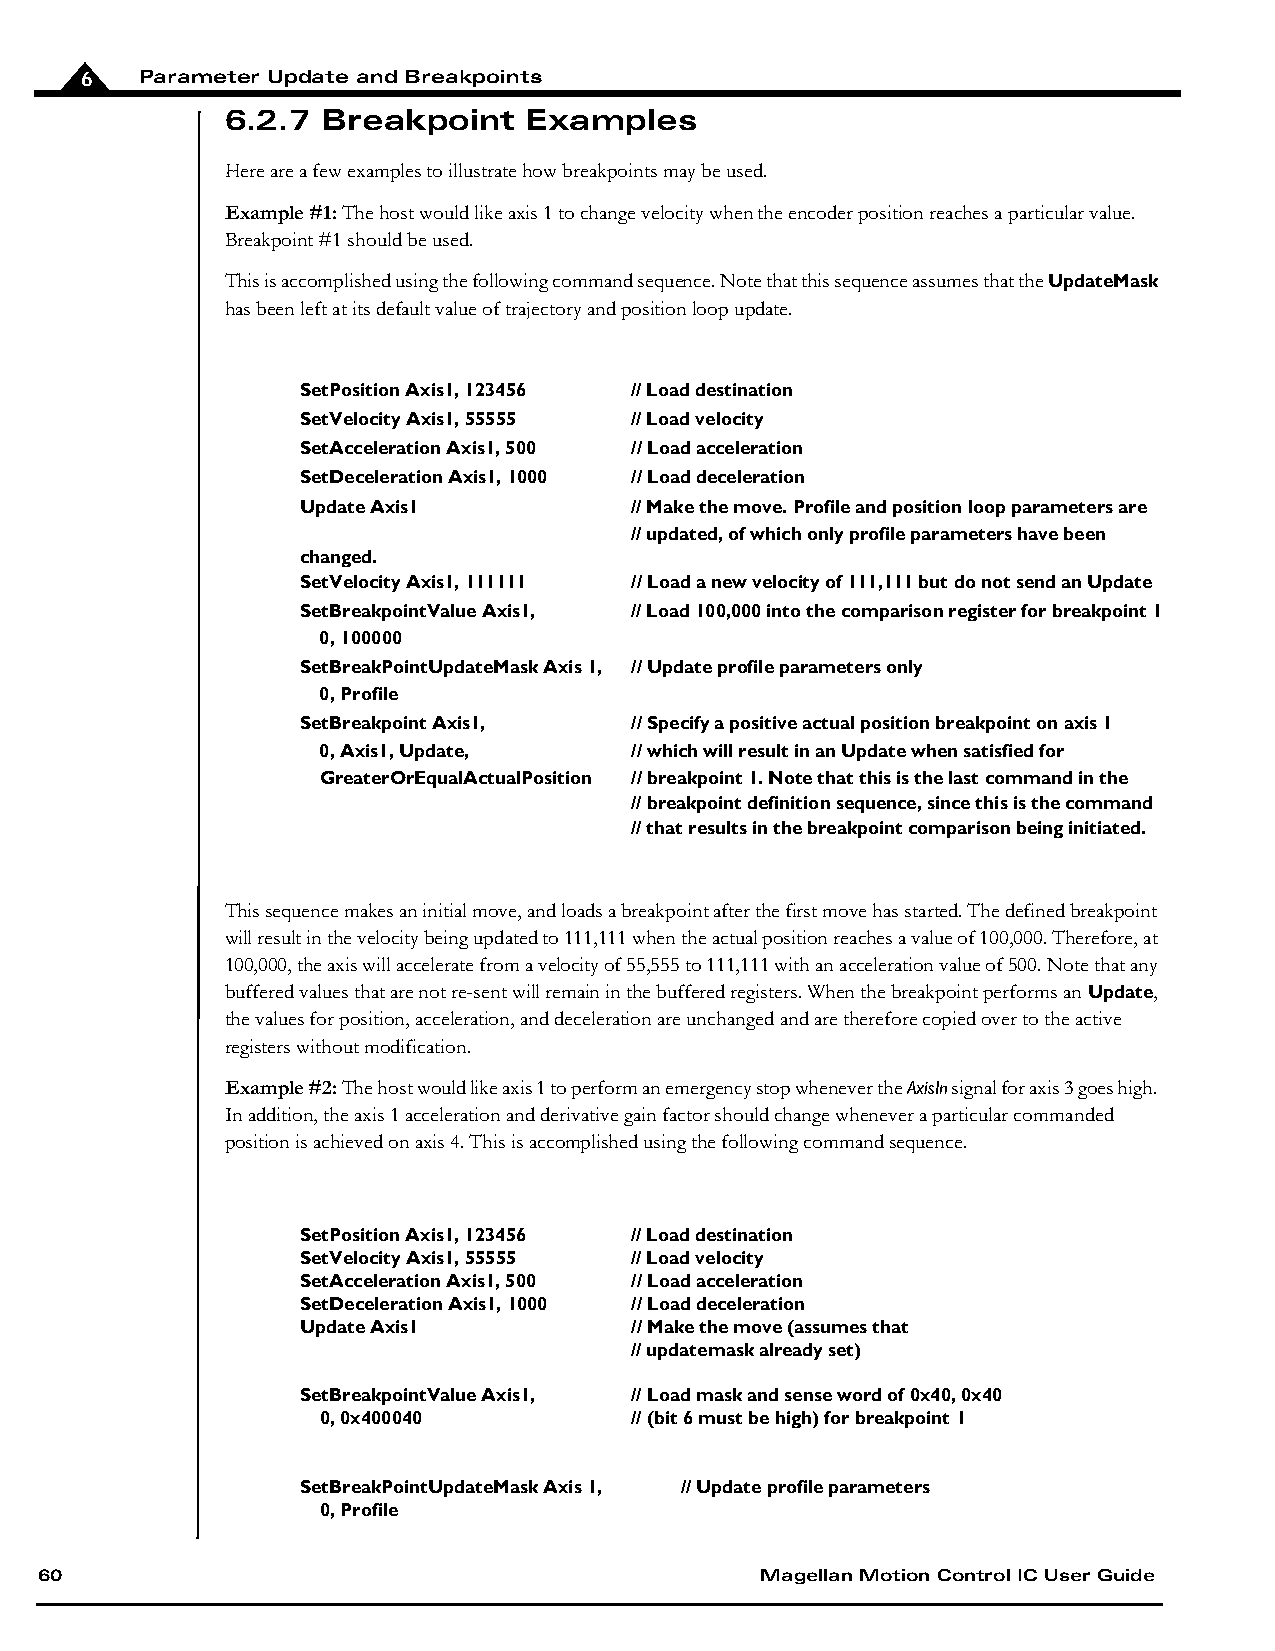
6   Parameter Update and Breakpoints
 6.2.7 Breakpoint    Examples
 Here are a few examples to illustrate how breakpoints may be used.
 Example #1: The host would like axis 1 to change velocity when the encoder position reaches a particular value.
 Breakpoint #1 should be used.
 This is accomplished using the following command sequence. Note that this sequence assumes that the UpdateMask
 has been left at its default value of trajectory and position loop update.
 SetPosition Axis1, 123456 // Load destination
 SetVelocity Axis1, 55555 // Load velocity
 SetAcceleration Axis1, 500 // Load acceleration
 SetDeceleration Axis1, 1000 // Load deceleration
 Update Axis1          // Make the move. Profile and position loop parameters are
 // updated, of which only profile parameters have been
 changed.
 SetVelocity Axis1, 111111 // Load a new velocity of 111,111 but do not send an Update
 SetBreakpointValue Axis1, // Load 100,000 into the comparison register for breakpoint 1
 0, 100000
 SetBreakPointUpdateMask Axis 1, // Update profile parameters only
 0, Profile
 SetBreakpoint Axis1,  // Specify a positive actual position breakpoint on axis 1
 0, Axis1, Update,    // which will result in an Update when satisfied for
 GreaterOrEqualActualPosition // breakpoint 1. Note that this is the last command in the
 // breakpoint definition sequence, since this is the command
 // that results in the breakpoint comparison being initiated.
 This sequence makes an initial move, and loads a breakpoint after the first move has started. The defined breakpoint
 will result in the velocity being updated to 111,111 when the actual position reaches a value of 100,000. Therefore, at
 100,000, the axis will accelerate from a velocity of 55,555 to 111,111 with an acceleration value of 500. Note that any
 buffered values that are not re-sent will remain in the buffered registers. When the breakpoint performs an Update,
 the values for position, acceleration, and deceleration are unchanged and are therefore copied over to the active
 registers without modification.
 Example #2: The host would like axis 1 to perform an emergency stop whenever the AxisIn signal for axis 3 goes high.
 In addition, the axis 1 acceleration and derivative gain factor should change whenever a particular commanded
 position is achieved on axis 4. This is accomplished using the following command sequence.
 SetPosition Axis1, 123456 // Load destination
 SetVelocity Axis1, 55555 // Load velocity
 SetAcceleration Axis1, 500 // Load acceleration
 SetDeceleration Axis1, 1000 // Load deceleration
 Update Axis1          // Make the move (assumes that
 // updatemask already set)
 SetBreakpointValue Axis1, // Load mask and sense word of 0x40, 0x40
 0, 0x400040          // (bit 6 must be high) for breakpoint 1
 SetBreakPointUpdateMask Axis 1, // Update profile parameters
 0, Profile
 60                                              Magellan Motion Control IC User Guide